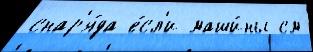
снар'я́да е́сл'и маши́ны см